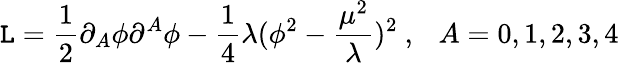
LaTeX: \mathtt{L}=\frac{{1}}{{2}}\partial_{A}\phi\partial^{A}\phi-\frac{{1}}{{4}}\lambda(\phi^{2}-\frac{{\mu^{2}}}{{\lambda}})^{2}~,~~~A=0,1,2,3,4